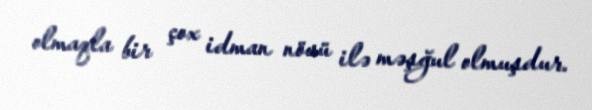
olmaqla bir çox idman növü ilə məşğul olmuşdur.